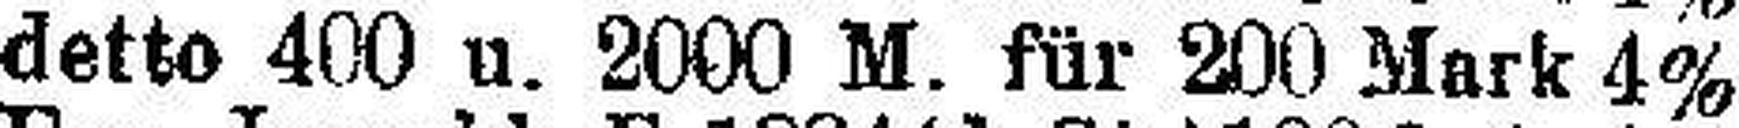
detto 400 u. 2000 M. für 200 Mark 4%